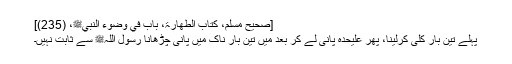
[صحیح مسلم، کتاب الطھارۃ، باب في وضوء النبيﷺ، (235)]
پہلے تین بار کلی کرلینا، پھر علیحدہ پانی لے کر بعد میں تین بار ناک میں پانی چڑھانا رسول اللہﷺ سے ثابت نہیں۔